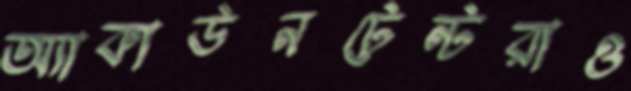
অ্যাকাউনটেন্টরাও